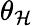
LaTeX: \theta_{\mathcal{H}}